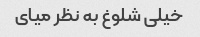
خیلی شلوغ به نظر میای